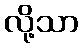
လို့သာ